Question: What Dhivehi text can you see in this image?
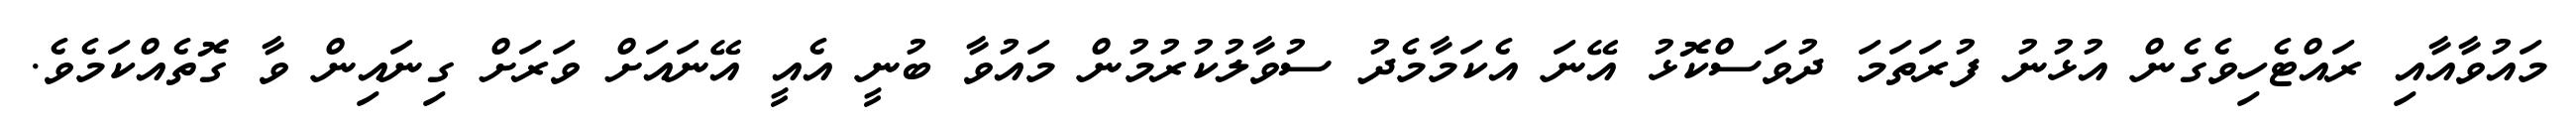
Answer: މައުވާއާއި ރައްޓެހިވެގެން އުޅުނު ފުރަތަމަ ދުވަސްކޮޅު އޭނަ އެކަމާމެދު ސުވާލުކުރުމުން މައުވާ ބުނީ އެއީ އޭނައަށް ވަރަށް ގިނައިން ވާ ގޮތެއްކަމެވެ.